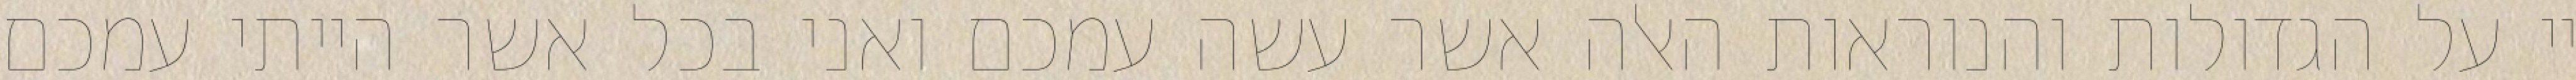
יי על הגדולות והנוראות האלה אשר עשה עמכם ואני בכל אשר הייתי עמכם